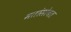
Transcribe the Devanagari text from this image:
मतांसोबत